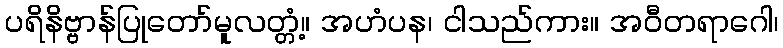
ပရိနိဗ္ဗာန်ပြုတော်မူလတ္တံ့။ အဟံပန၊ ငါသည်ကား။ အဝီတရာဂေါ၊